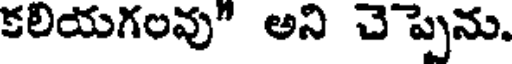
కలియగంవు" అని చెప్పెను.